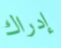
إدراك